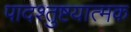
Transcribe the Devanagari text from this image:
पादश्तुष्टयात्मक